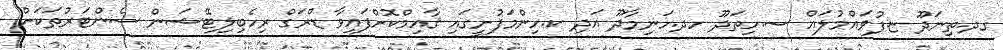
ގދ.ތިނަދޫ ޏ.ފުވައްމުލައް ސ.ހިތަދޫ ހދ.ހަނިމާދޫ އަދި ކ.ހިންމަފުށީގައި ޤާއިމްކޮށްފައިވާ ޑްރަގް ރިހެބިލިޓޭޝަން ސެންޓަރުތަކަށް